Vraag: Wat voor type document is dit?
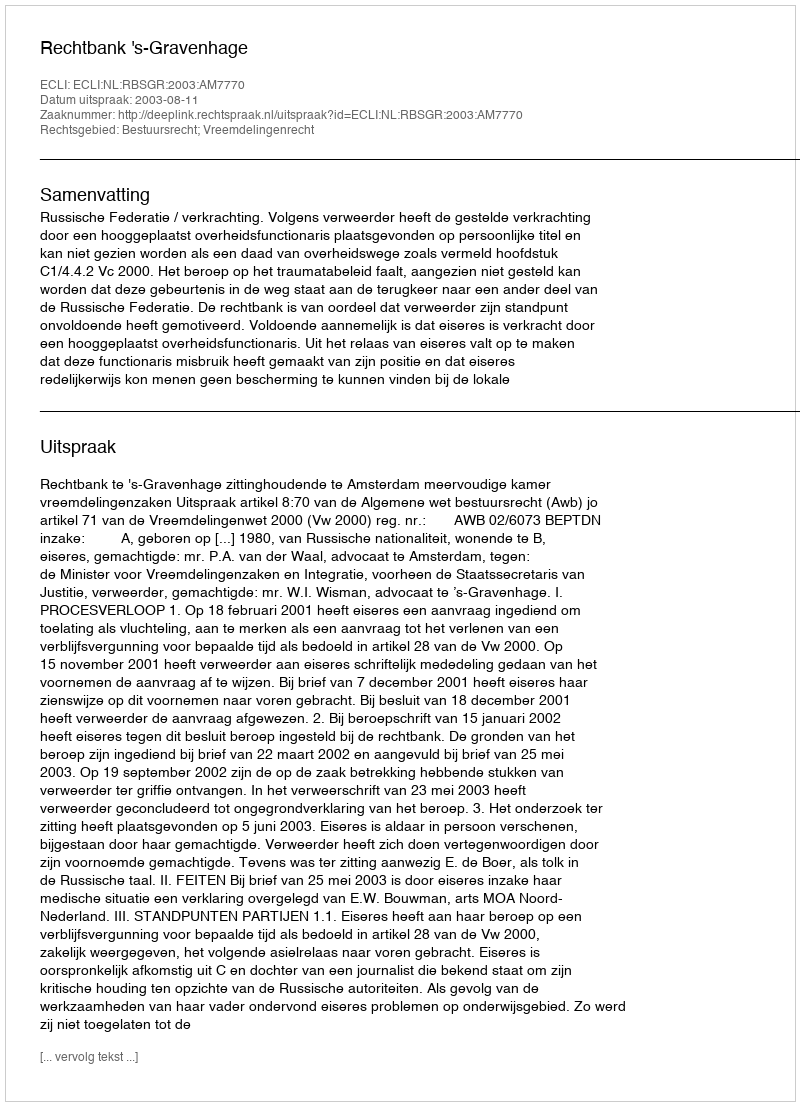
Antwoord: Uitspraak